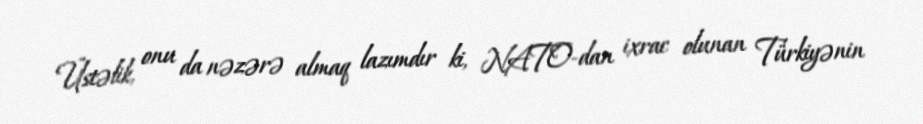
Üstəlik, onu da nəzərə almaq lazımdır ki, NATO-dan ixrac olunan Türkiyənin